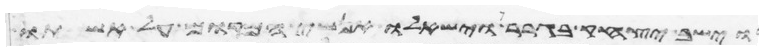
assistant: וישב יצחק בגרר וישאלו אנשי המקום על אשתו